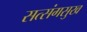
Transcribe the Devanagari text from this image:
सत्संगसुख